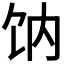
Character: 𩟿